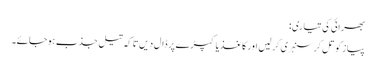
بھرائی کی تیاری:
پیاز کو تل کر سنہری کر لیں اور کاغذ یا کپڑے پر ڈال دیں تا کہ تیل جذب ہوجائے۔